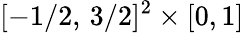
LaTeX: [-1/2,\, 3/2]^{2}\times[0,1]